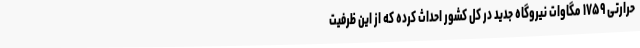
حرارتی ۱۷۵۹ مگاوات نیروگاه جدید در کل کشور احداث کرده که از این ظرفیت